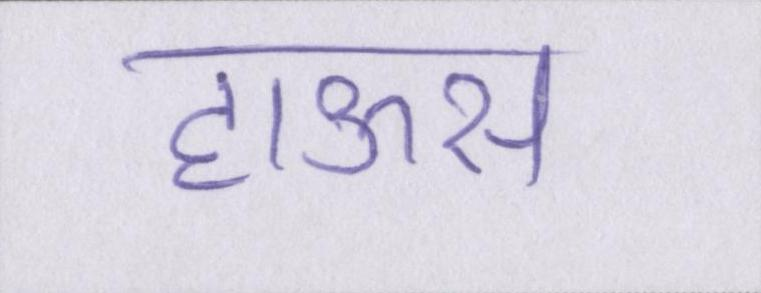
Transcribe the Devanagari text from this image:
हाऊस